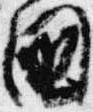
国